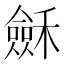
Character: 𥣂